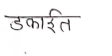
मजकूर: डकार्रत